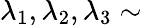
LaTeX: \lambda_{1},\lambda_{2},\lambda_{3}\sim